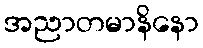
အညာတမာနိနော